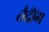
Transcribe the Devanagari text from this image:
तैदॉँग